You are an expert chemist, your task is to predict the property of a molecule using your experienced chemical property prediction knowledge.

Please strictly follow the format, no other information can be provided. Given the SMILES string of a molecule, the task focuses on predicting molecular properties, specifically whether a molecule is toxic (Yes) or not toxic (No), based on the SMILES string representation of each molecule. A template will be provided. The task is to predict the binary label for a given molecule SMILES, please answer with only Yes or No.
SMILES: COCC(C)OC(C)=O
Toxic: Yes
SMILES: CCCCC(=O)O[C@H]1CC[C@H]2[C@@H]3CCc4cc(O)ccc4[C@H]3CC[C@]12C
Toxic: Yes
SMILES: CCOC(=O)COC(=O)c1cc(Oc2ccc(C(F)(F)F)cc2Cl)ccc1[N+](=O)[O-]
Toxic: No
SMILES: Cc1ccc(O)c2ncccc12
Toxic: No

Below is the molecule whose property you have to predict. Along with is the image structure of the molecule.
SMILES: O=N[O-]
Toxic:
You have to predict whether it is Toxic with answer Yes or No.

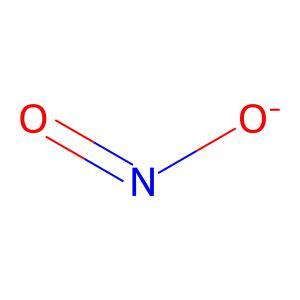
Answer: No